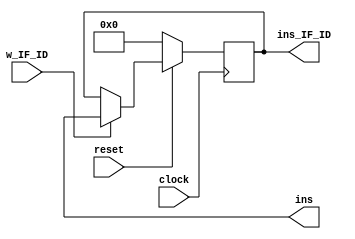
module if_id(clock,reset,w_IF_ID,ins,ins_IF_ID);

	input clock,reset;
	input w_IF_ID;

	output [31:0] ins;
	output reg [31:0] ins_IF_ID;


always @(posedge clock)
begin
    if(!reset)
	     ins_IF_ID<=0;
	 else
	    if(w_IF_ID)
	     ins_IF_ID<=ins;
end 

endmodule